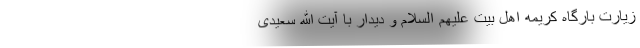
زیارت بارگاه کریمه اهل بیت علیهم السلام و دیدار با آیت الله سعیدی